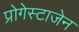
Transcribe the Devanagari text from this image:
प्रोगेस्टाजेन